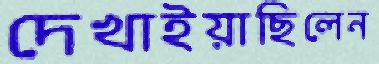
দেখাইয়াছিলেন